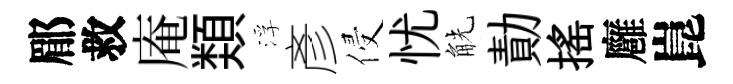
郿救庵𩔖浮彥侵忧觥勣揺廱崑